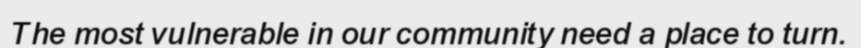
The most vulnerable in our community need a place to turn.